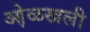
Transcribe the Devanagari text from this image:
ओ़ळखली